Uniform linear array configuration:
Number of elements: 48
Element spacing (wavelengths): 0.5
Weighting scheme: hamming
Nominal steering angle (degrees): -45
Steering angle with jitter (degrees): -43.414
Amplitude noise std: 0.05
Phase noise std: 0.05

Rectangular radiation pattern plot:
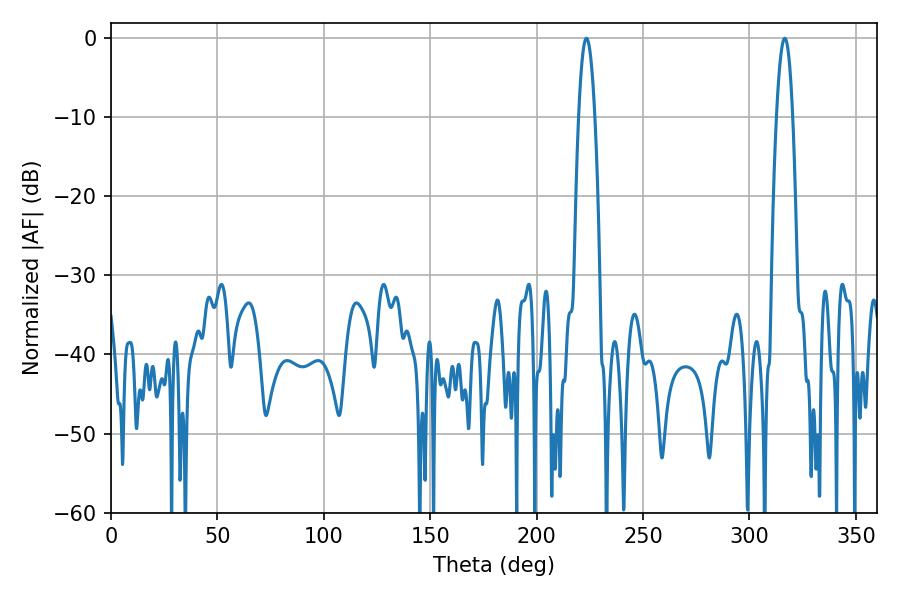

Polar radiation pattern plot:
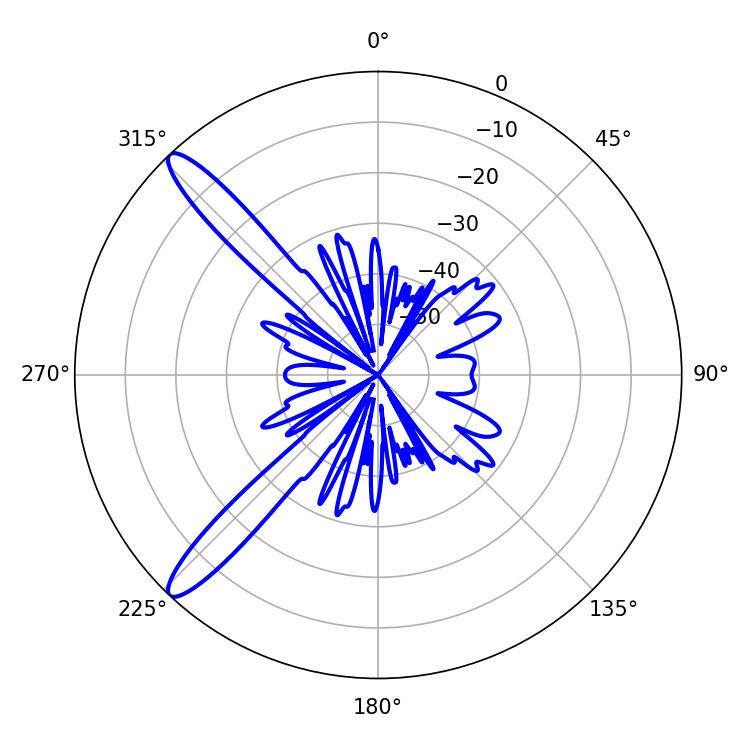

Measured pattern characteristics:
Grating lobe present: FALSE
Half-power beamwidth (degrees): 4.14
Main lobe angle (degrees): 223.38